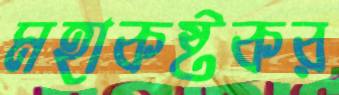
মহাকষ্টকর